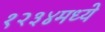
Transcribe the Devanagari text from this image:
१२३४मध्ये